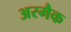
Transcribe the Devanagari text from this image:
अरमैक